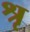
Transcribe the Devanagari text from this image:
श्रृ